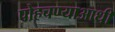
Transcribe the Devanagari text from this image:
पोहचण्याआधी